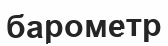
барометр